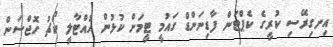
އިނގިރޭސި ކުރީގެ ކެޕްޓަން ފާޑިނަންޑް ގައުމީ ޓީމަށް ކުޅުން ހުއްޓާލީ ކޯޗު ހޮޖްސަން